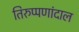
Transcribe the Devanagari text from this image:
तिरुप्पणांदाल